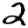
Digit: 2